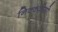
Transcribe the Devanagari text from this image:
निक्क्योसो